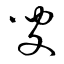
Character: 叟